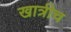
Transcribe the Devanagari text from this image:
खात्रीच